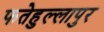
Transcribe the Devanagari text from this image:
फतेहुल्लापुर